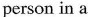
person in a